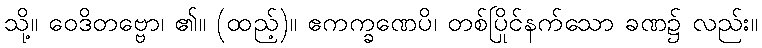
သို့။ ဝေဒိတဗ္ဗော၊ ၏။ (ထည့်)။ ဧကက္ခဏေပိ၊ တစ်ပြိုင်နက်သော ခဏ၌ လည်း။